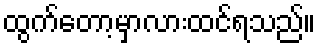
ထွက်တော့မှာလားထင်ရသည်။